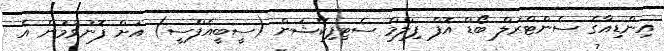
އިންޑިއާގެ ސެންޓްރަލް ބޯޑް އޮފް ފިލްމް ސެޓިފިކޭޝަން (ސީބީއެފްސީ) އަށް ފޮނުވުމުން އެ